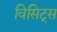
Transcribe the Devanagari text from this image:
विसिट्स